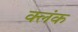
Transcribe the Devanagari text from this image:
क्लंक